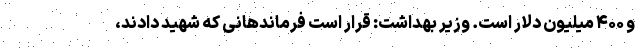
و ۴۰۰ میلیون دلار است. وزیر بهداشت: قرار است فرماندهانی که شهید دادند،